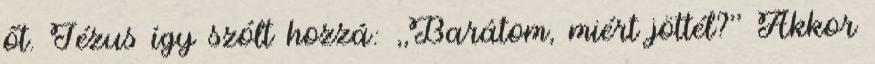
őt. Jézus így szólt hozzá: ,,Barátom, miért jöttél?'' Akkor